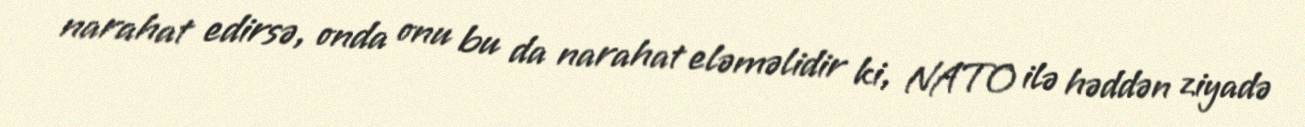
narahat edirsə, onda onu bu da narahat eləməlidir ki, NATO ilə həddən ziyadə